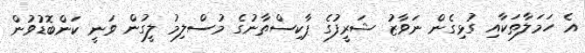
އެ ހަމަލާތަކާއި ގުޅިގެން ނަވާޒު ޝަރީފުގެ ޕާކިސްތާނުގެ މުސްލިމު ލީގުން ވަނީ ކަންބޮޑުވުން